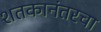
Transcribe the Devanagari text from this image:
शतकानंतरचा